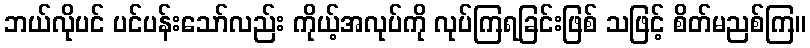
ဘယ်လိုပင် ပင်ပန်းသော်လည်း ကိုယ့်အလုပ်ကို လုပ်ကြရခြင်းဖြစ် သဖြင့် စိတ်မညစ်ကြ။